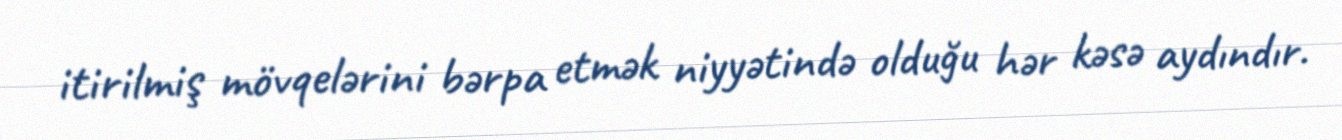
itirilmiş mövqelərini bərpa etmək niyyətində olduğu hər kəsə aydındır.